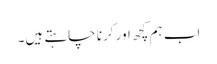
اب ہم کچھ اور کرنا چاہتے ہیں۔